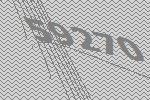
59270